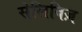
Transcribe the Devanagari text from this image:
सेलिबिज़